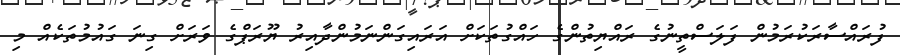
ފުރައްސާރަކުރަމުން ފަލަސްތީނުގެ ރައްޔިތުންގެ ހައްގުތަކަށް އަރައިގަންނަމުންދާއިރު ޔޫރަޕްގެ ވަރަށް ގިނަ ގައުމުތަކެއް މި